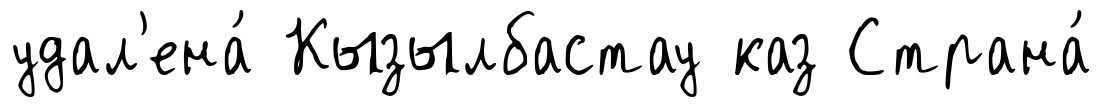
удал'ена́ Кызылбастау каз Страна́